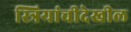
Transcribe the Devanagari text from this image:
स्त्रियांचीदेखील